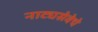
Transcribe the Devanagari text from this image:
नाट्यसेवेचे